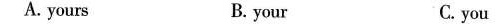
A. yours B. your C.you